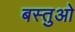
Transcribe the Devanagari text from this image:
बस्तुओ